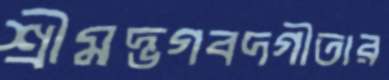
শ্রীমদ্ভগবদগীতার